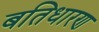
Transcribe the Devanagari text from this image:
बतिधारण